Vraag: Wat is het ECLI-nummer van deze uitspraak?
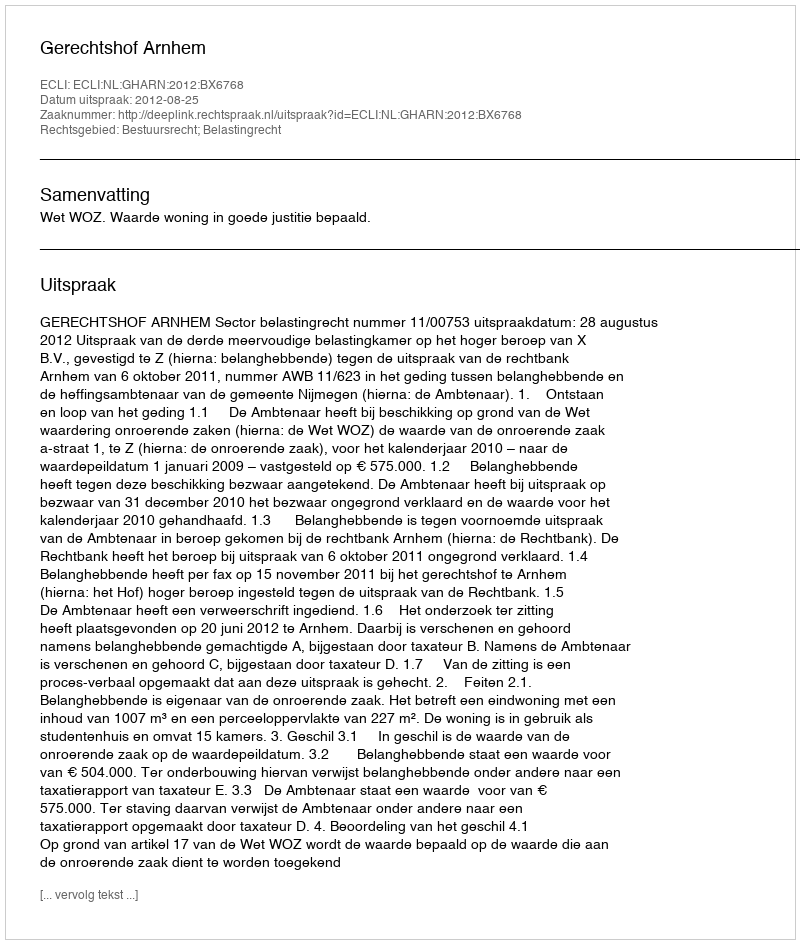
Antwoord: ECLI:NL:GHARN:2012:BX6768